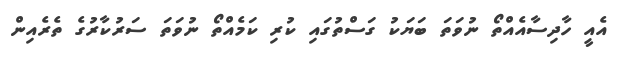
އެއީ ހާދިސާއެއްތޯ ނުވަތަ ބަޔަކު ގަސްތުގައި ކުރި ކަމެއްތޯ ނުވަތަ ސަރުކާރުގެ ތެރެއިން